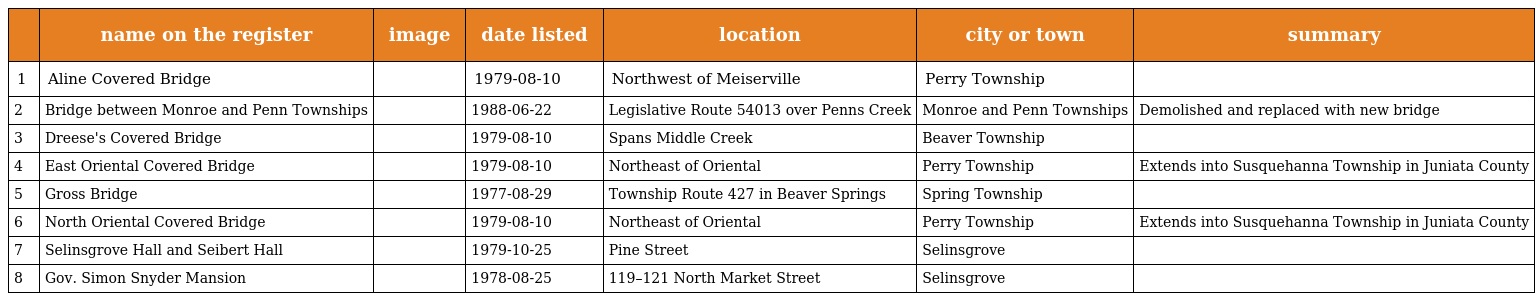
|  | name on the register | image | date listed | location | city or town | summary |
 | --- | --- | --- | --- | --- | --- | --- |
 | 1 | Aline Covered Bridge |  | 1979-08-10 | Northwest of Meiserville | Perry Township |  |
 | 2 | Bridge between Monroe and Penn Townships |  | 1988-06-22 | Legislative Route 54013 over Penns Creek | Monroe and Penn Townships | Demolished and replaced with new bridge |
 | 3 | Dreese's Covered Bridge |  | 1979-08-10 | Spans Middle Creek | Beaver Township |  |
 | 4 | East Oriental Covered Bridge |  | 1979-08-10 | Northeast of Oriental | Perry Township | Extends into Susquehanna Township in Juniata County |
 | 5 | Gross Bridge |  | 1977-08-29 | Township Route 427 in Beaver Springs | Spring Township |  |
 | 6 | North Oriental Covered Bridge |  | 1979-08-10 | Northeast of Oriental | Perry Township | Extends into Susquehanna Township in Juniata County |
 | 7 | Selinsgrove Hall and Seibert Hall |  | 1979-10-25 | Pine Street | Selinsgrove |  |
 | 8 | Gov. Simon Snyder Mansion |  | 1978-08-25 | 119–121 North Market Street | Selinsgrove |  |